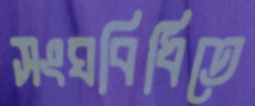
সংঘবিধিতে